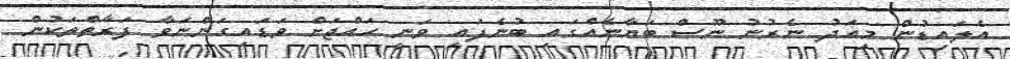
އެލައިޑުން މިއަދު ނެރުނު ނޫސް ބަޔާނެއްގައި ބުނެފައި ވަނީ ހައްޖަށް ވަޑައިގަންނަވާ ފަރާތްތަކުން